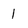
Character: 1